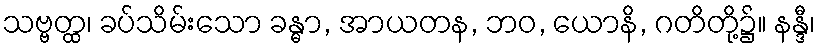
သဗ္ဗတ္ထ၊ ခပ်သိမ်းသော ခန္ဓာ, အာယတန, ဘဝ, ယောနိ, ဂတိတို့၌။ နန္ဒီ၊